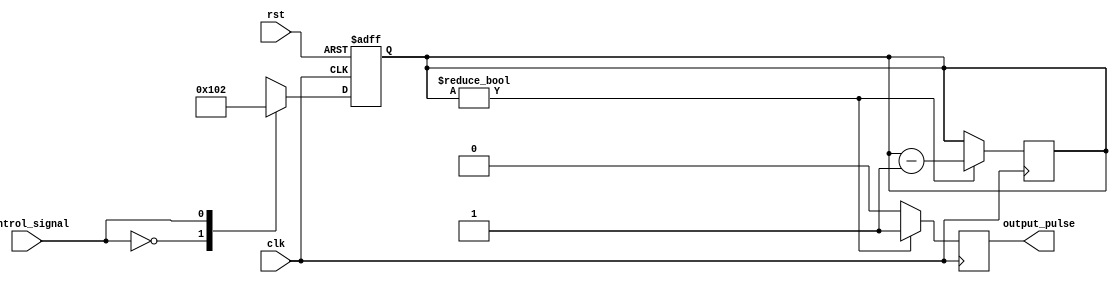
module timing_control_and_sync(
    input wire clk,
    input wire rst,
    input wire control_signal,
    output reg output_pulse
);

reg [7:0] pulse_width;

always @ (posedge clk or posedge rst) begin
    if (rst) begin
        pulse_width <= 8'b00000000;
    end else begin
        case (control_signal)
            2'b00: pulse_width <= 8'b00000001;
            2'b01: pulse_width <= 8'b00000010;
            2'b10: pulse_width <= 8'b00000100;
            2'b11: pulse_width <= 8'b00001000;
        endcase
    end
end

always @ (posedge clk) begin
    if (pulse_width != 8'b00000000) begin
        output_pulse <= 1'b1;
        pulse_width <= pulse_width - 1;
    end else begin
        output_pulse <= 1'b0;
    end
end

endmodule